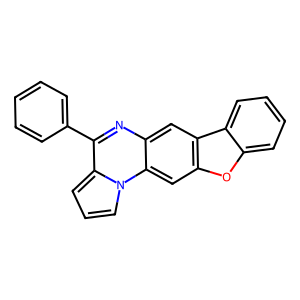
SMILES: c1ccc(-c2nc3cc4c(cc3n3cccc23)oc2ccccc24)cc1
Inhibits HIV replication: No